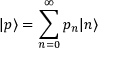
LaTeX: | p \rangle = \sum _ { n = 0 } ^ { \infty } p _ { n } | n \rangle